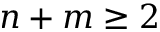
n + m \ge 2